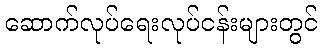
ဆောက်လုပ်ရေးလုပ်ငန်းများတွင်